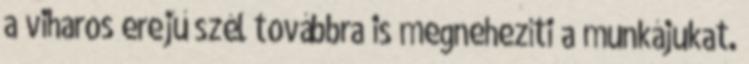
a viharos erejű szél továbbra is megnehezíti a munkájukat.